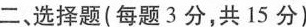
二、选择题(每题3分，共15分)